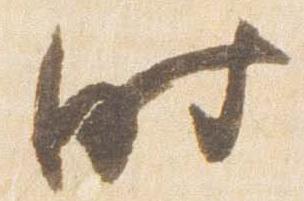
時